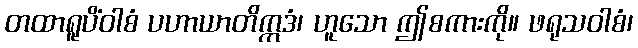
တထာရူပိံဝါစံ ပဟာယာတိဣဒံ၊ ဟူသော ဤစကားကို။ ဖရုသဝါစံ၊